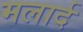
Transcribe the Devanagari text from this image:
मलार्द